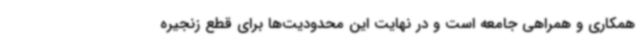
همکاری و همراهی جامعه است و در نهایت این محدودیت‌ها برای قطع زنجیره